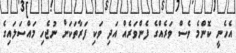
އެހެނީ ކޮންމެ ވެސް ވަރެއްގެ ފެންވަރެއް އަދި ވަކި ފަރާތަކަށް ނުޖެހި މައްސަލައިގެ